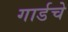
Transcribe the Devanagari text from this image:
गार्डचे